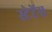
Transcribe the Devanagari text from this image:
स्टेटेंस